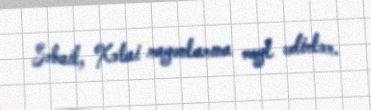
Səbail, Xətai rayonlarına meyl edirlər.